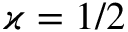
\varkappa = 1 / 2